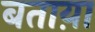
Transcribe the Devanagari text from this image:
बताय़ा